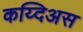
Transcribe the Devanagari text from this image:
कय्दिअस